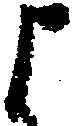
よ